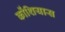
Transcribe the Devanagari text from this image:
कोंशियास